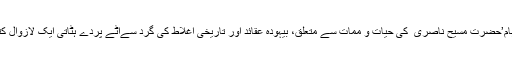
‘ازالہ اوہام’حضرت مسیح ناصری ؑ کی حیات و ممات سے متعلق، بیہودہ عقائد اور تاریخی اغلاط کی گرد سےاٹے پردے ہٹاتی ایک لازوال کتاب ہے۔